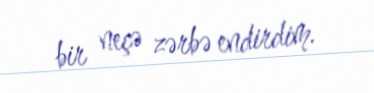
bir neçə zərbə endirdim.